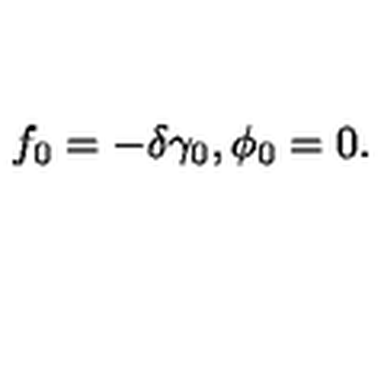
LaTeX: f _ { 0 } = - \delta \gamma _ { 0 } , \phi _ { 0 } = 0 .